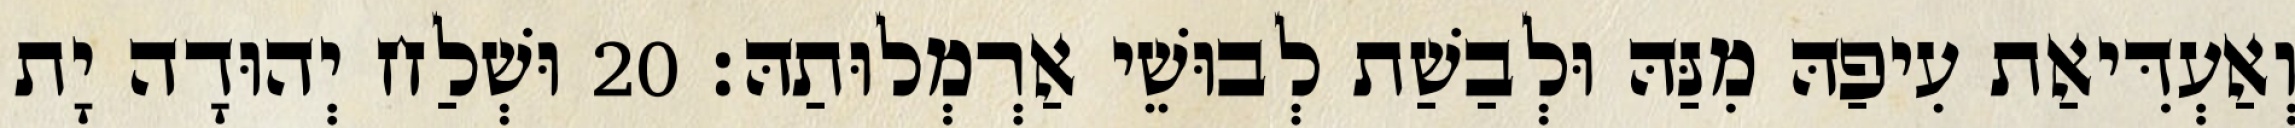
וְאַעְדִּיאַת עִיפַהּ מִנַּהּ וּלְבַשַׁת לְבוּשֵׁי אַרְמְלוּתַהּ׃ 20 וּשְׁלַח יְהוּדָה יָת